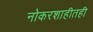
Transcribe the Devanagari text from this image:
नोकरशाहीतही